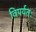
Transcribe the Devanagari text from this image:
विपर्यतः